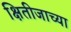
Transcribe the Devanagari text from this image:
क्षितीजाच्या